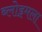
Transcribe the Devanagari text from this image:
ब्लोइमला